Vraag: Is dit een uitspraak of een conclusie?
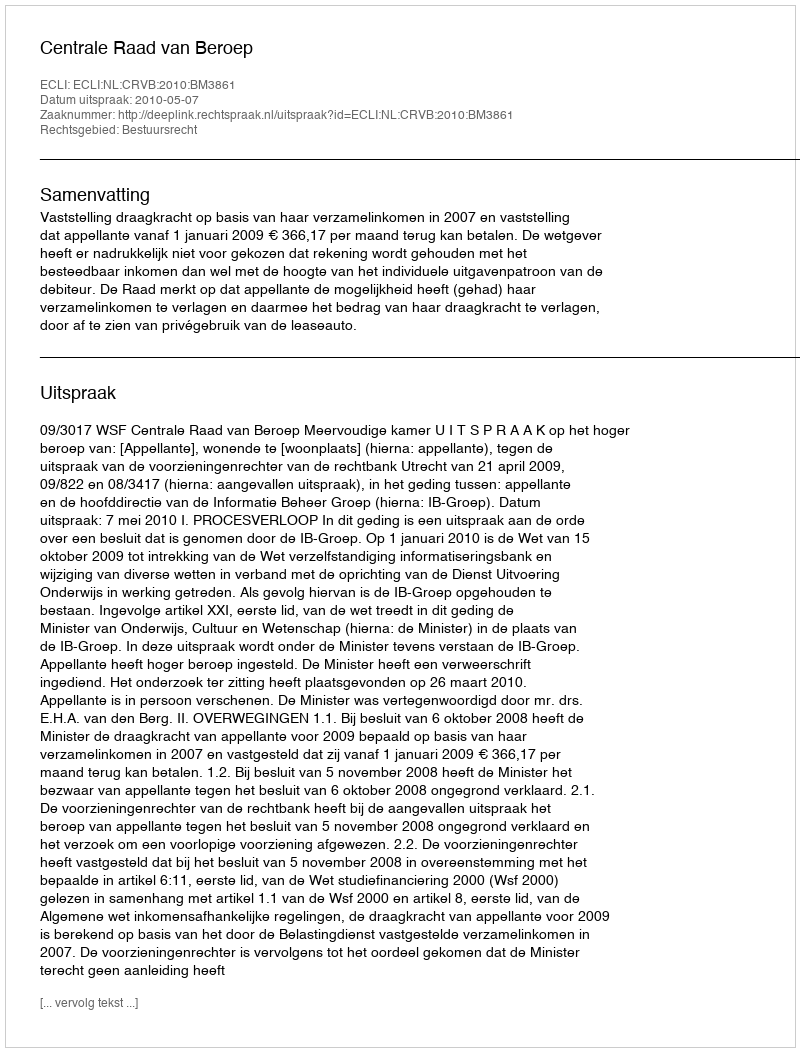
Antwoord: Uitspraak